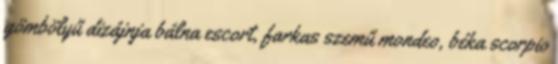
gömbölyű dizájnja bálna escort, farkas szemű mondeo, béka scorpio